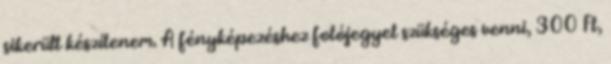
sikerült készítenem. A fényképezéshez fotójegyet szükséges venni, 300 Ft,